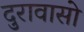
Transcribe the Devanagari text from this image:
दुरावासो